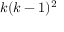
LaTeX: k ( k - 1 ) ^ { 2 }